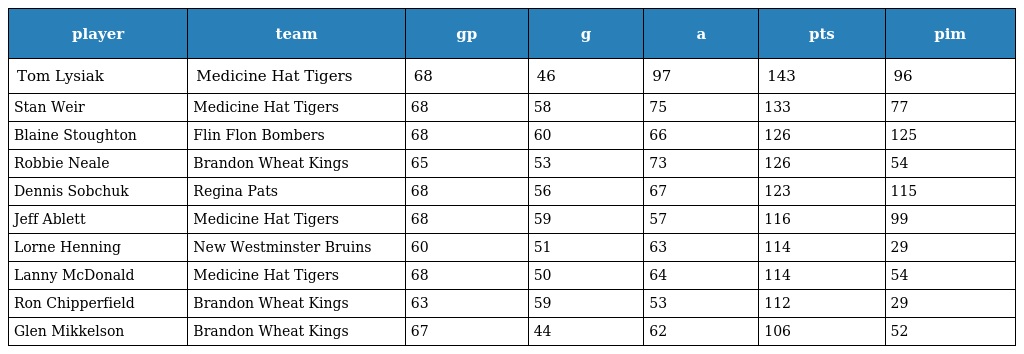
| player | team | gp | g | a | pts | pim |
 | --- | --- | --- | --- | --- | --- | --- |
 | Tom Lysiak | Medicine Hat Tigers | 68 | 46 | 97 | 143 | 96 |
 | Stan Weir | Medicine Hat Tigers | 68 | 58 | 75 | 133 | 77 |
 | Blaine Stoughton | Flin Flon Bombers | 68 | 60 | 66 | 126 | 125 |
 | Robbie Neale | Brandon Wheat Kings | 65 | 53 | 73 | 126 | 54 |
 | Dennis Sobchuk | Regina Pats | 68 | 56 | 67 | 123 | 115 |
 | Jeff Ablett | Medicine Hat Tigers | 68 | 59 | 57 | 116 | 99 |
 | Lorne Henning | New Westminster Bruins | 60 | 51 | 63 | 114 | 29 |
 | Lanny McDonald | Medicine Hat Tigers | 68 | 50 | 64 | 114 | 54 |
 | Ron Chipperfield | Brandon Wheat Kings | 63 | 59 | 53 | 112 | 29 |
 | Glen Mikkelson | Brandon Wheat Kings | 67 | 44 | 62 | 106 | 52 |